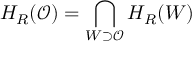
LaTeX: H _ { R } ( \mathcal { O } ) = \bigcap _ { W \supset \mathcal { O } } H _ { R } ( W )